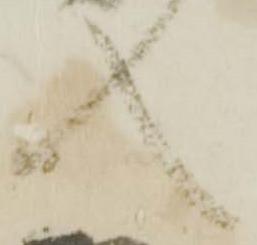
入